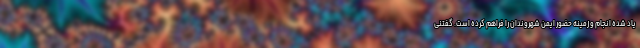
یاد شده انجام و زمینه حضور ایمن شهروندان را فراهم کرده است. گفتنی